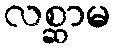
လစ္ဆာမ